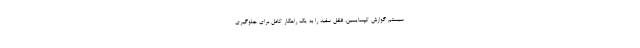
سیستم گوارش کپسایسین، فلفل سفید را به یک راهکار کامل برای جلوگیری